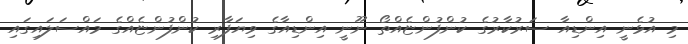
މި އުޅެނީ އިންޑިއާ ސަރުކާރުގެ ކުންފުންޏެއްތޯ ނޫނީ އިންޑިއާގެ ވިޔަފާރި ކުންފުންޏެއްގެ މައްސަލައިގައި